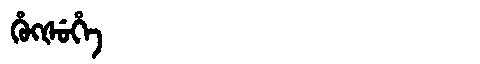
Manchu: ᡥᡠᡴᡧᡠᡥᡝ
Romanization: HUKŠUHE